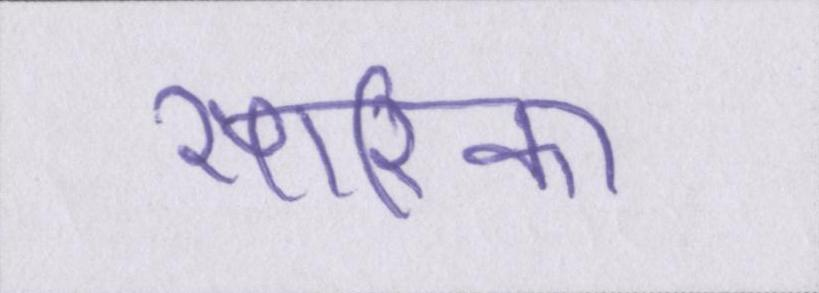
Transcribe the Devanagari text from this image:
सारिका